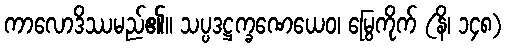
ကာလောဒိဿမည်၏။ သပ္ပဒဋ္ဌက္ခဏေယေဝ၊ မြွေကိုက် (နိ၊ ၁၄၈)